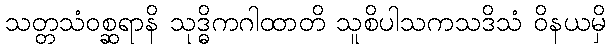
သတ္တသံဝစ္ဆရာနိ သုဒ္ဓိကဂါထာတိ သူစိပါသကသဒိသံ ဝိနယမှိ